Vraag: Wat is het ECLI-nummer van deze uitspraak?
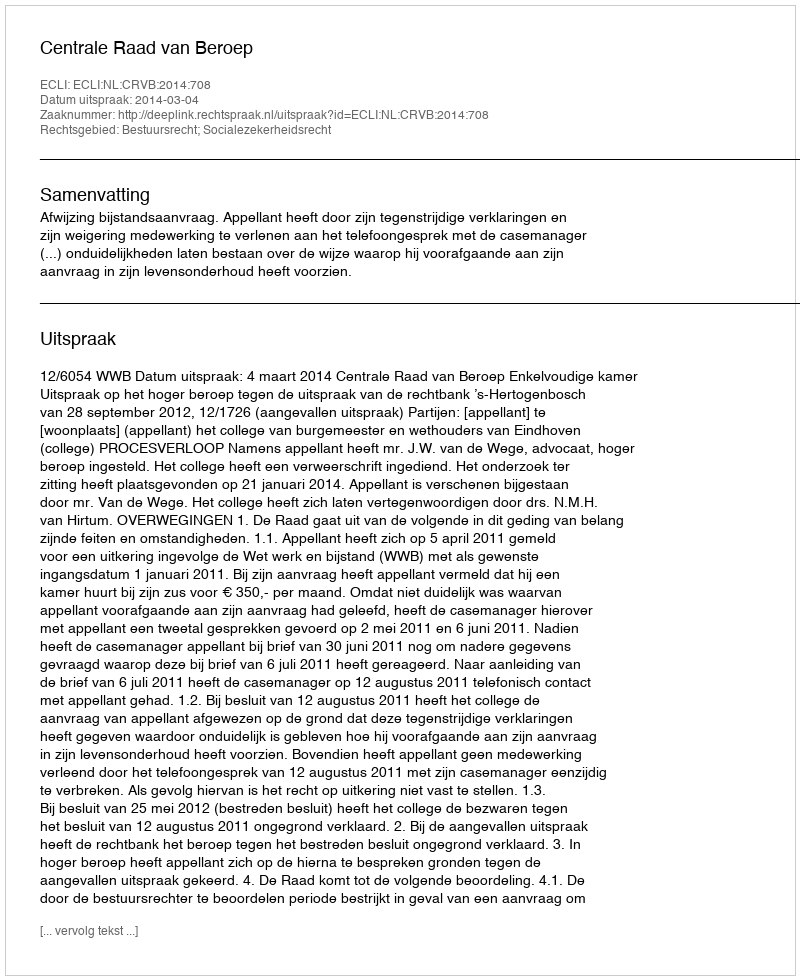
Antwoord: ECLI:NL:CRVB:2014:708